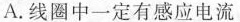
A. 线圈中一定有感应电流